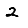
Digit: 2